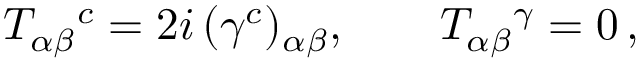
T _ { \alpha \beta } { } ^ { c } = 2 i \, ( \gamma ^ { c } ) _ { \alpha \beta } , \qquad T _ { \alpha \beta } { } ^ { \gamma } = 0 \, ,